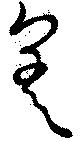
差